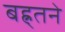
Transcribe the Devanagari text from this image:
बह्र्तने